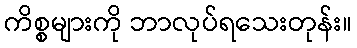
ကိစ္စများကို ဘာလုပ်ရသေးတုန်း။